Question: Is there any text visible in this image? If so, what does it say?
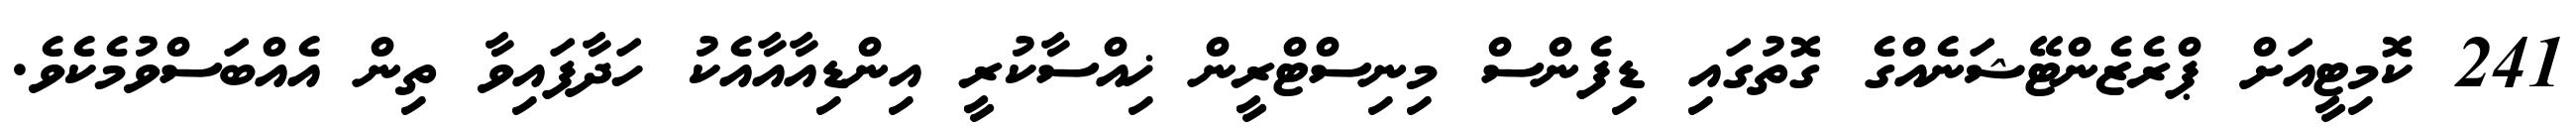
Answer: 241 ކޮމިޓީއަށް ޕްރެޒެންޓޭޝަނެއްގެ ގޮތުގައި ޑިފެންސް މިނިސްޓްރީން ޚިއްސާކުރީ އިންޑިއާއާއެކު ހަދާފައިވާ ތިން އެއްބަސްވުމެކެވެ.